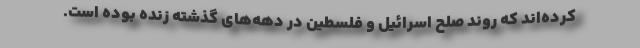
کرده‌اند که روند صلح اسرائیل و فلسطین در دهه‌های گذشته زنده بوده است.